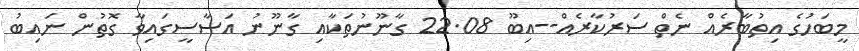
މީބަހުގެ އިތުބާރެއް ނެތް ސަރުކާރެއް--އިބޫ 22.08 ގާނޫނުތަކާއި ގާނޫނު އަސާސީގައިވާ ގޮތުން ނައިބު